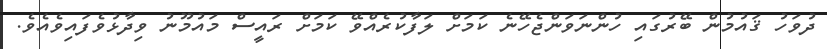
ދުވަހު ޤައުމުން ބޭރުގައި ހުންނަވަންޖެހޭނެ ކަމަށް ލަފާކުރެއްވޭ ކަމަށް ރައީސް މައުމޫނު ވިދާޅުވެފައިވެއެވެ.